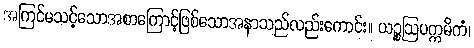
အကြင်မသင့်သောအစာကြောင့်ဖြစ်သောအနာသည်လည်းကောင်း။ ယဉ္စဩပက္ကမိကံ၊